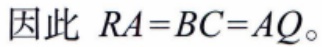
因此 \(RA = BC = AQ\)。